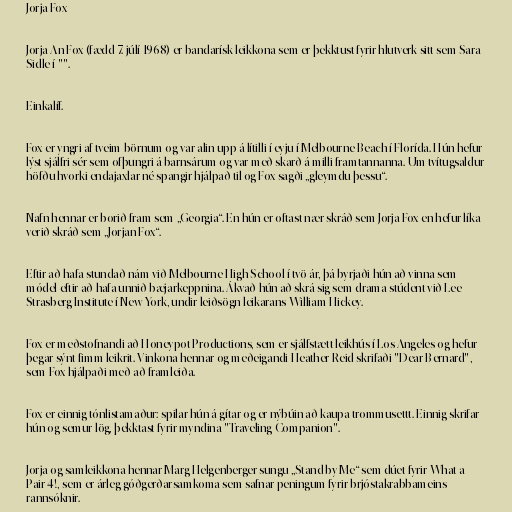
Jorja Fox

Jorja-An Fox (fædd 7. júlí 1968) er bandarísk leikkona sem er þekktust fyrir hlutverk sitt sem Sara
Sidle í "".

Einkalíf.

Fox er yngri af tveim börnum og var alin upp á lítilli í eyju í Melbourne Beach í Florída. Hún hefur
lýst sjálfri sér sem ofþungri á barnsárum og var með skarð á milli framtannanna. Um tvítugsaldur
höfðu hvorki endajaxlar né spangir hjálpað til og Fox sagði „gleymdu þessu“.

Nafn hennar er borið fram sem „Georgia“. En hún er oftast nær skráð sem Jorja Fox en hefur líka
verið skráð sem „Jorjan Fox“.

Eftir að hafa stundað nám við Melbourne High School í tvö ár, þá byrjaði hún að vinna sem
módel eftir að hafa unnið bæjarkeppnina. Ákvað hún að skrá sig sem drama stúdent við Lee
Strasberg Institute í New York, undir leiðsögn leikarans William Hickey.

Fox er meðstofnandi að Honeypot Productions, sem er sjálfstætt leikhús í Los Angeles og hefur
þegar sýnt fimm leikrit. Vinkona hennar og meðeigandi Heather Reid skrifaði "Dear Bernard",
sem Fox hjálpaði með að framleiða.

Fox er einnig tónlistamaður: spilar hún á gítar og er nýbúin að kaupa trommusettt. Einnig skrifar
hún og semur lög, þekktast fyrir myndina "Traveling Companion".

Jorja og samleikkona hennar Marg Helgenberger sungu „Stand by Me“ sem dúet fyrir What a
Pair 4!, sem er árleg góðgerðarsamkoma sem safnar peningum fyrir brjóstakrabbameins
rannsóknir.